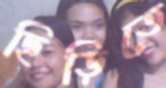
ছিড়িতে